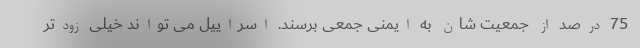
75 درصد از جمعیت شان به ایمنی جمعی برسند. اسراییل می تواند خیلی زودتر